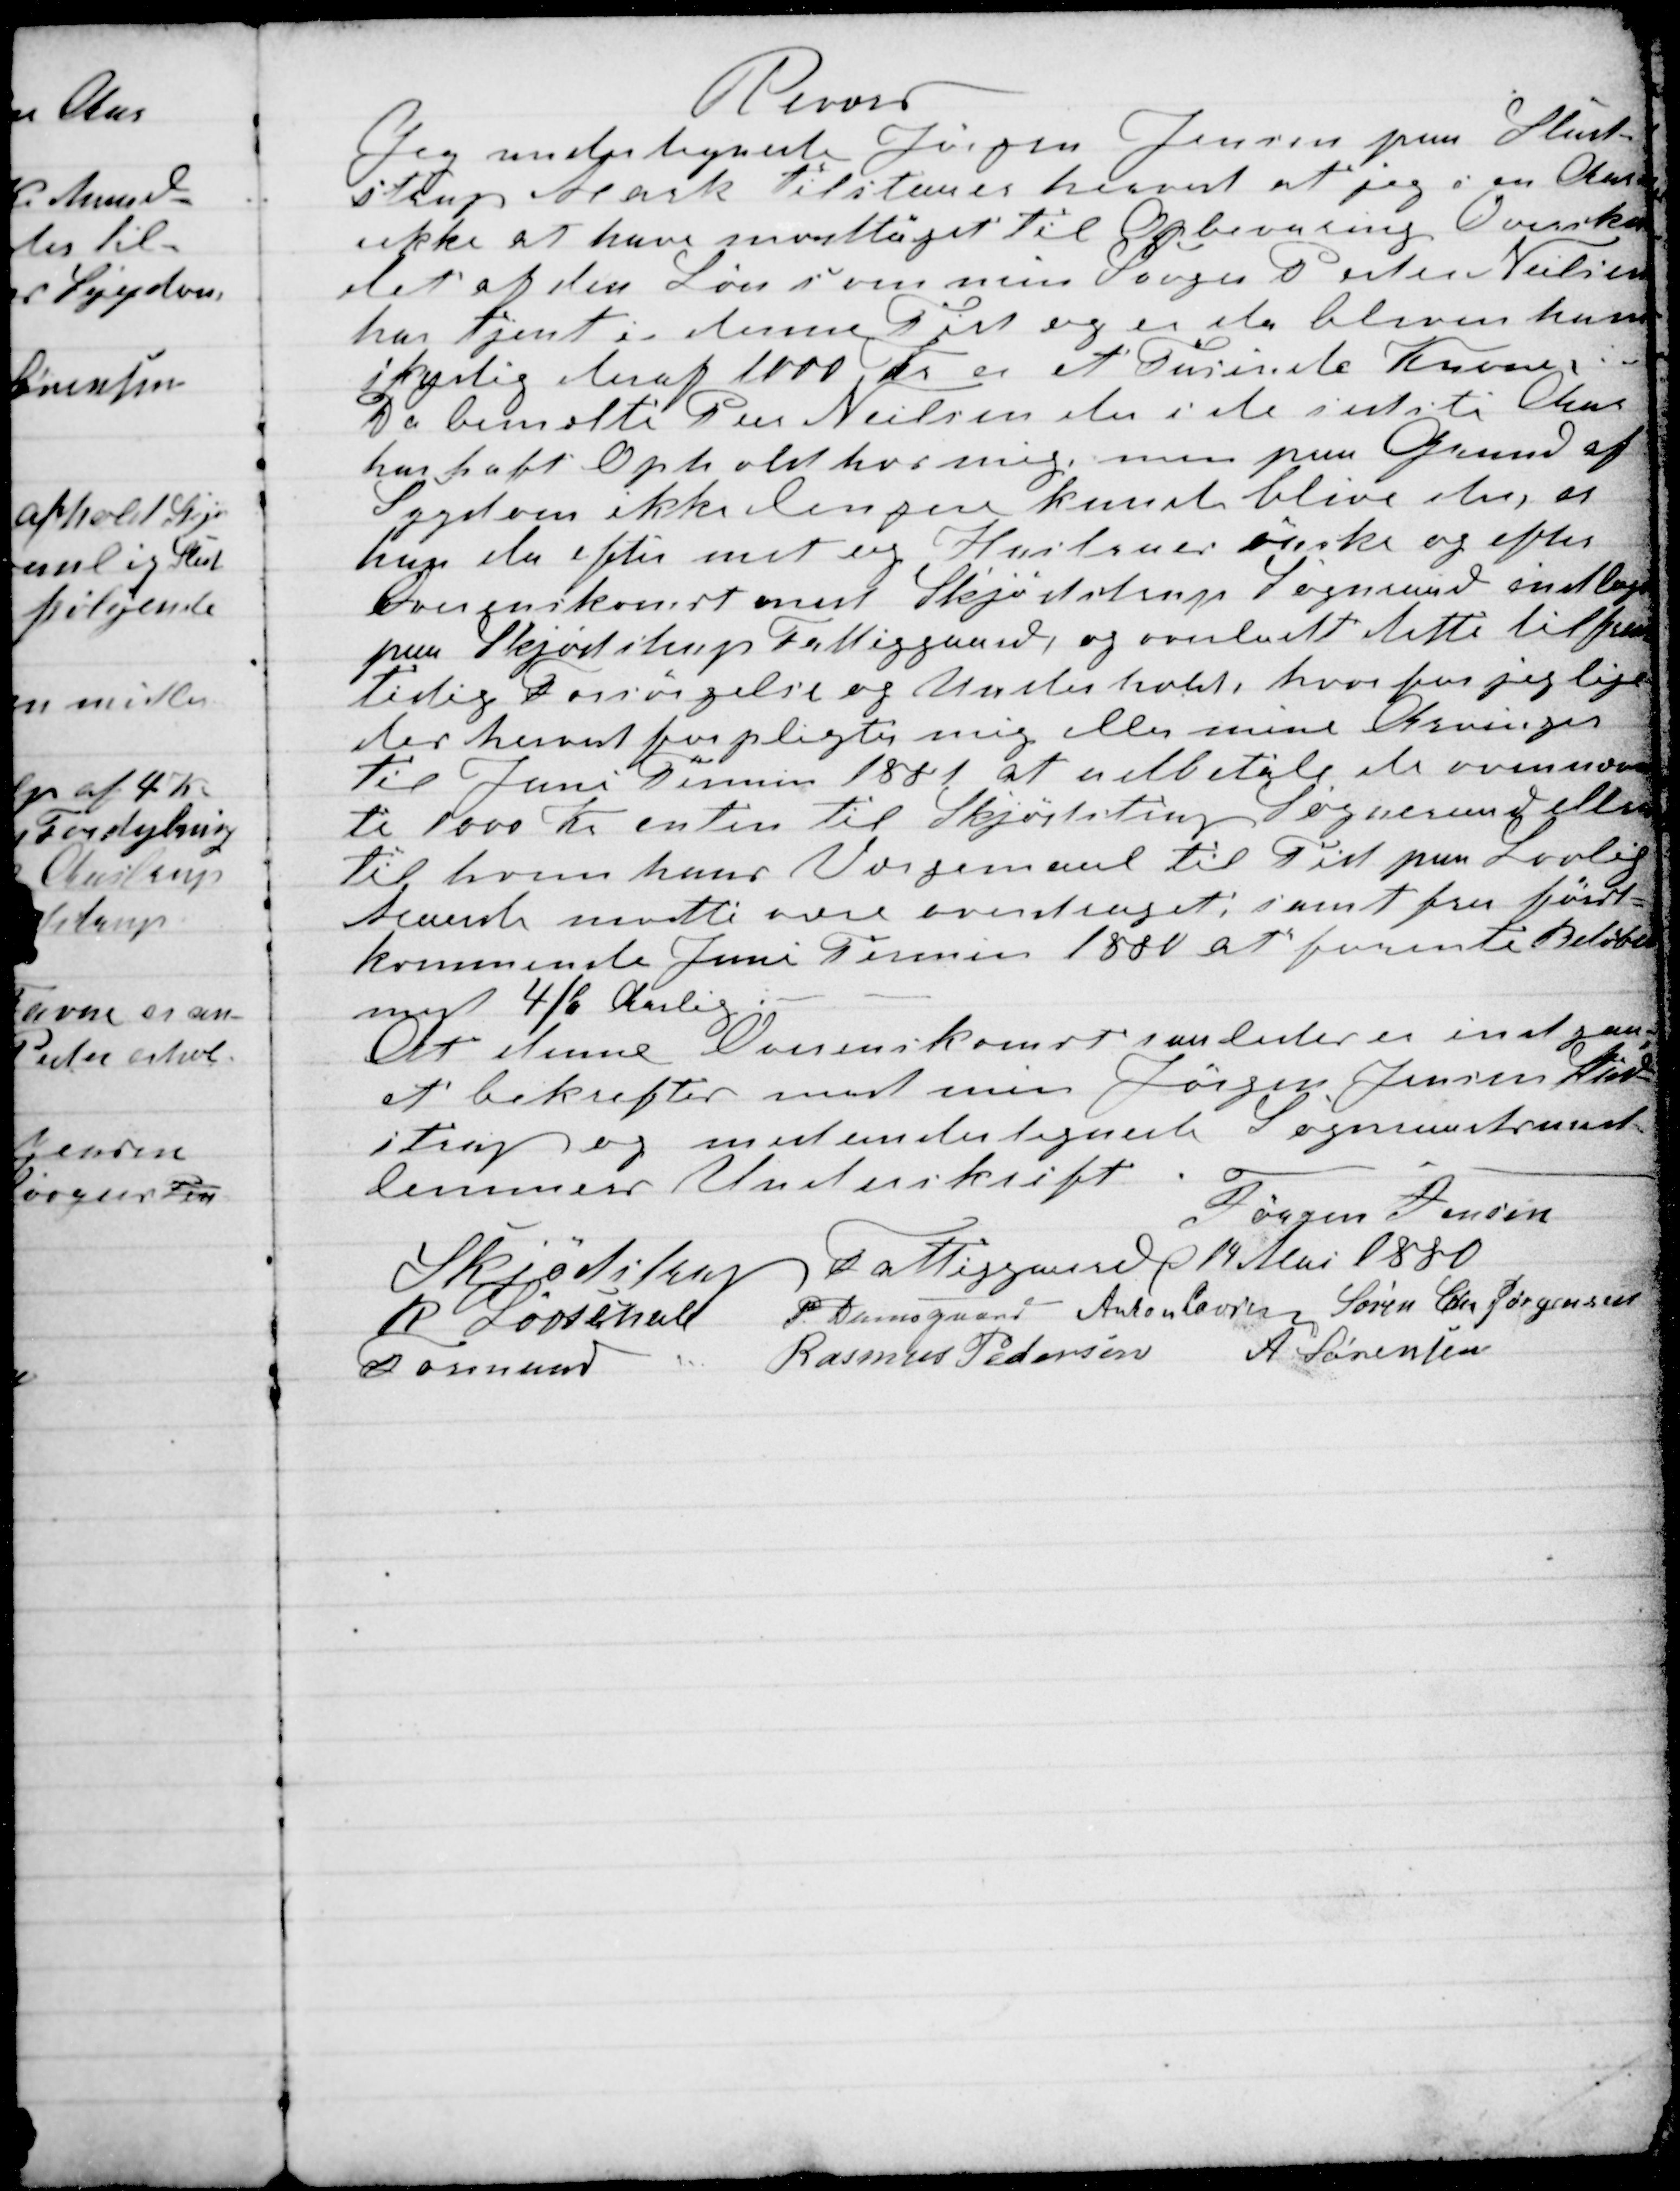
Transskription:
Revors
Jeg undertegnede Jørgen Jensen paa Stud-
strup Mark tilstaaer herved at jeg i en Aar-
rekke at have modtaget til Opbevaring Oversku-
det af den Løn som min Svoger Peder Nielsen
har tjent i denne Tid og er da bleven ham
skydig heraf 1000 Kr er et Tusinde Kroner.
Da bemelte Peer Nielsen der i de sidste Aar
har haft Ophold hos mig, men paa Grund af
Sygdom ikke lengere kunde blive der, er
han da efter mit og Hustruens ønske og efter
Overenskomst med Skjødstrup Sogneraad indlagt
paa Skjødstrup Fattiggaard, og overladt dette til frem-
tidig Forsørgelse og Underhold, hvorfor jeg lige
der herved forpligter mig eller mine Arvinger
Til Juni Termin 1881 at udbetale de ovennævn-
te 1000 Kr enten til Skjødstrup Sogneraad eller
til hvem hans Værgemand til Tid paa Lovlig
kunde maatte være overtaget; samt fra først-
kommende Juni Termin 1880 at forente Beløbet
med 4/p Aarlig:
At denne Overenskomst saaledes er indgaa-
et bekreftes med min Jørgen Jensen Stud-
strup og med undertegnede Sogneraadsmed-
lemmers Underskrift
Jørgen Jensen
Skjødstrup Fattiggaard 14 Mai 1880
R Løvschall 
Formand
P. Damsgaard Anton Laursen Søren Chr Jørgensen
Rasmus Pedersen A. Sørensen